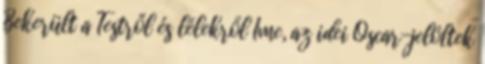
Bekerült a Testről és lélekről Íme, az idei Oscar-jelöltek